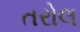
તરોલ